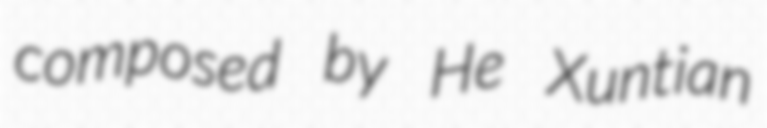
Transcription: composed by He Xuntian